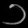
Digit: ၁